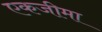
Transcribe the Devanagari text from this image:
एकजीमा